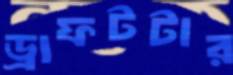
ড্রাফটটার